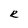
Character: e